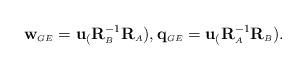
LaTeX: \begin{align*} \mathbf{w}_{\scriptscriptstyle{GE}} = \mathbf{u}_(\mathbf{R}^{-1}_{\scriptscriptstyle{B}} \mathbf{R}_{\scriptscriptstyle{A}}), \mathbf{q}_{\scriptscriptstyle{GE}} = \mathbf{u}_(\mathbf{R}^{-1}_{\scriptscriptstyle{A}} \mathbf{R}_{\scriptscriptstyle{B}}).\end{align*}